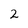
Character: 2